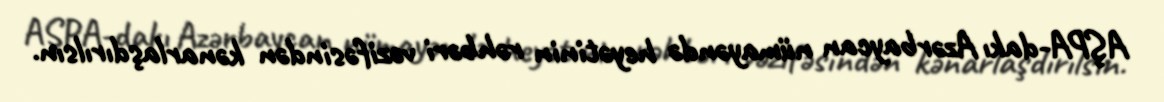
AŞPA-dakı Azərbaycan nümayəndə heyətinin rəhbəri vəzifəsindən kənarlaşdırılsın.